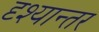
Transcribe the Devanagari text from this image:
दृश्यान्तर